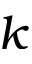
k